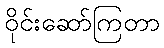
ဝိုင်းဆော်ကြတာ